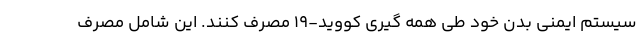
سیستم ایمنی بدن خود طی همه گیری کووید-19 مصرف کنند. این شامل مصرف